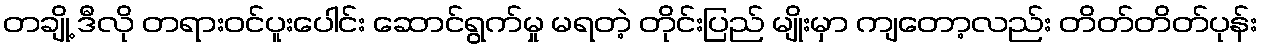
တချို့ ဒီလို တရားဝင်ပူးပေါင်း ဆောင်ရွက်မှု မရတဲ့ တိုင်းပြည် မျိုးမှာ ကျတော့လည်း တိတ်တိတ်ပုန်း